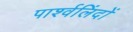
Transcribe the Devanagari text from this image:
पार्श्वलिंदों